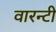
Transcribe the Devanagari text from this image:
वारन्टी